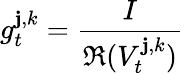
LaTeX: g_{t}^{\mathbf{j},k}=\frac{{I}}{{\mathfrak{R}(V_{t}^{\mathbf{j},k})}}